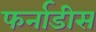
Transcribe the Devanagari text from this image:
फर्नाडीस